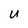
Character: U